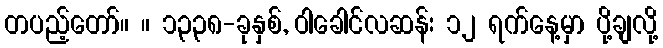
တပည့်တော်။ ။ ၁၃၃၈-ခုနှစ်, ဝါခေါင်လဆန်း ၁၂ ရက်နေ့မှာ ပို့ချလို့